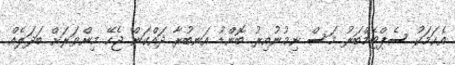
އެކަމަކު ސެޕްޓެމްބަރު މަސް ނިމުނުއިރު ބޮންޑު އަނބުރާ ދައްކަން ޖެހޭ މިންވަރަށް ބަދަލެއް